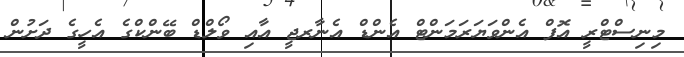
މިނިސްޓްރީ އޮފް އެންވަޔަރަމަންޓް އެންޑް އެނާރޖީ އާއި ވޯލްޑް ބޭންކްގެ އެހީގެ ދަށުން